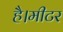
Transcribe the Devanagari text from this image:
है।मीटर